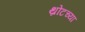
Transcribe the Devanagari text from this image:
थ्रोटच्या